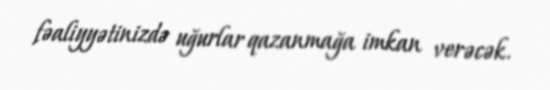
fəaliyyətinizdə uğurlar qazanmağa imkan verəcək.